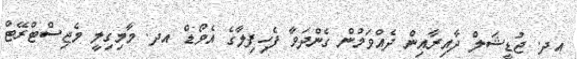
އދ. ޖުޑީޝަލް ދާއިރާއިން ދެއްވަމުން ގެންދަވާ ފެހިފިލާގެ އެވޯޑް އދ. މާމިގިލީ މެޖިސްޓްރޭޓް